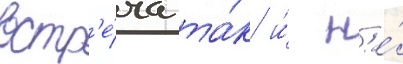
встр'е́ча та́к и́ н'е́